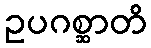
ဥပဂစ္ဆာတိ